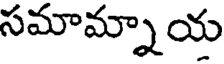
సమామ్నాయ